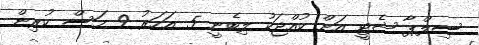
ސިލްޕާ ޝެޓީ އަށް ކުއްޖަކު ލިބެނީ 5 އަހަރު 9 މަސް ކުރިން